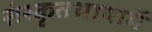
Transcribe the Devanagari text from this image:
संस्कृतभाषामें